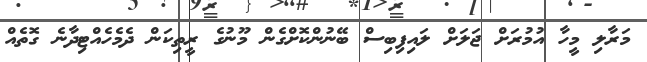
މަރާލި މީހާ އުމުރަށް ޖަލަށް ލައިފިބިސް ބޭނުންކޮށްގެން މޫނުގެ ރީތިކަން ދެމެހެއްޓިދާނެ ގޮތެއް